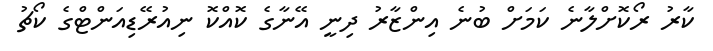
ކާރު ރޯކޮށްލާނެ ކަމަށް ބުނެ އިންޒާރު ދިނީ އޭނާގެ ކޮއްކޮ ނިއުރޭޑިއަންޓްގެ ކޯޗު